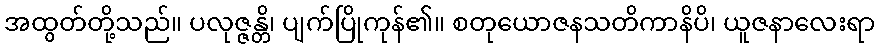
အထွတ်တို့သည်။ ပလုဇ္ဇန္တိ၊ ပျက်ပြိုကုန်၏။ စတုယောဇနသတိကာနိပိ၊ ယူဇနာလေးရာ